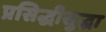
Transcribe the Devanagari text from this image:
प्रसिद्धीसुद्धा